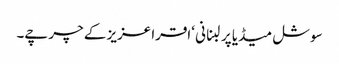
سوشل میڈیا پر لبنانی ‘اقرا عزیز کے چرچے۔